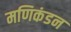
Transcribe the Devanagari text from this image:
मणिकंडन